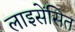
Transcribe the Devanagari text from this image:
लाइसेंसित